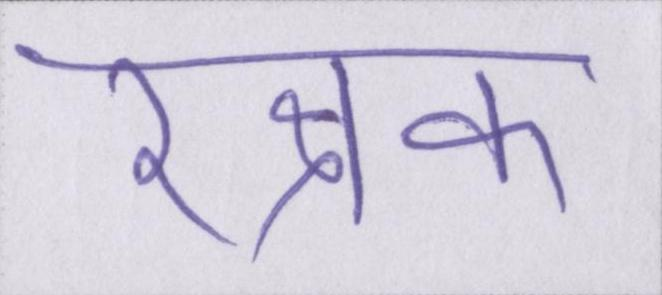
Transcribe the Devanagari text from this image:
रक्षक